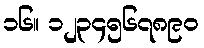
၁၆။ ၁၂၃၄၅၆၇၈၉၀